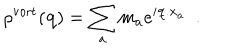
LaTeX: \rho ^ { \mathrm { v o r t } } ( { \bf q } ) = \sum _ { a } m _ { a } e ^ { i { \bf q . x } _ { a } } \, \, \, .